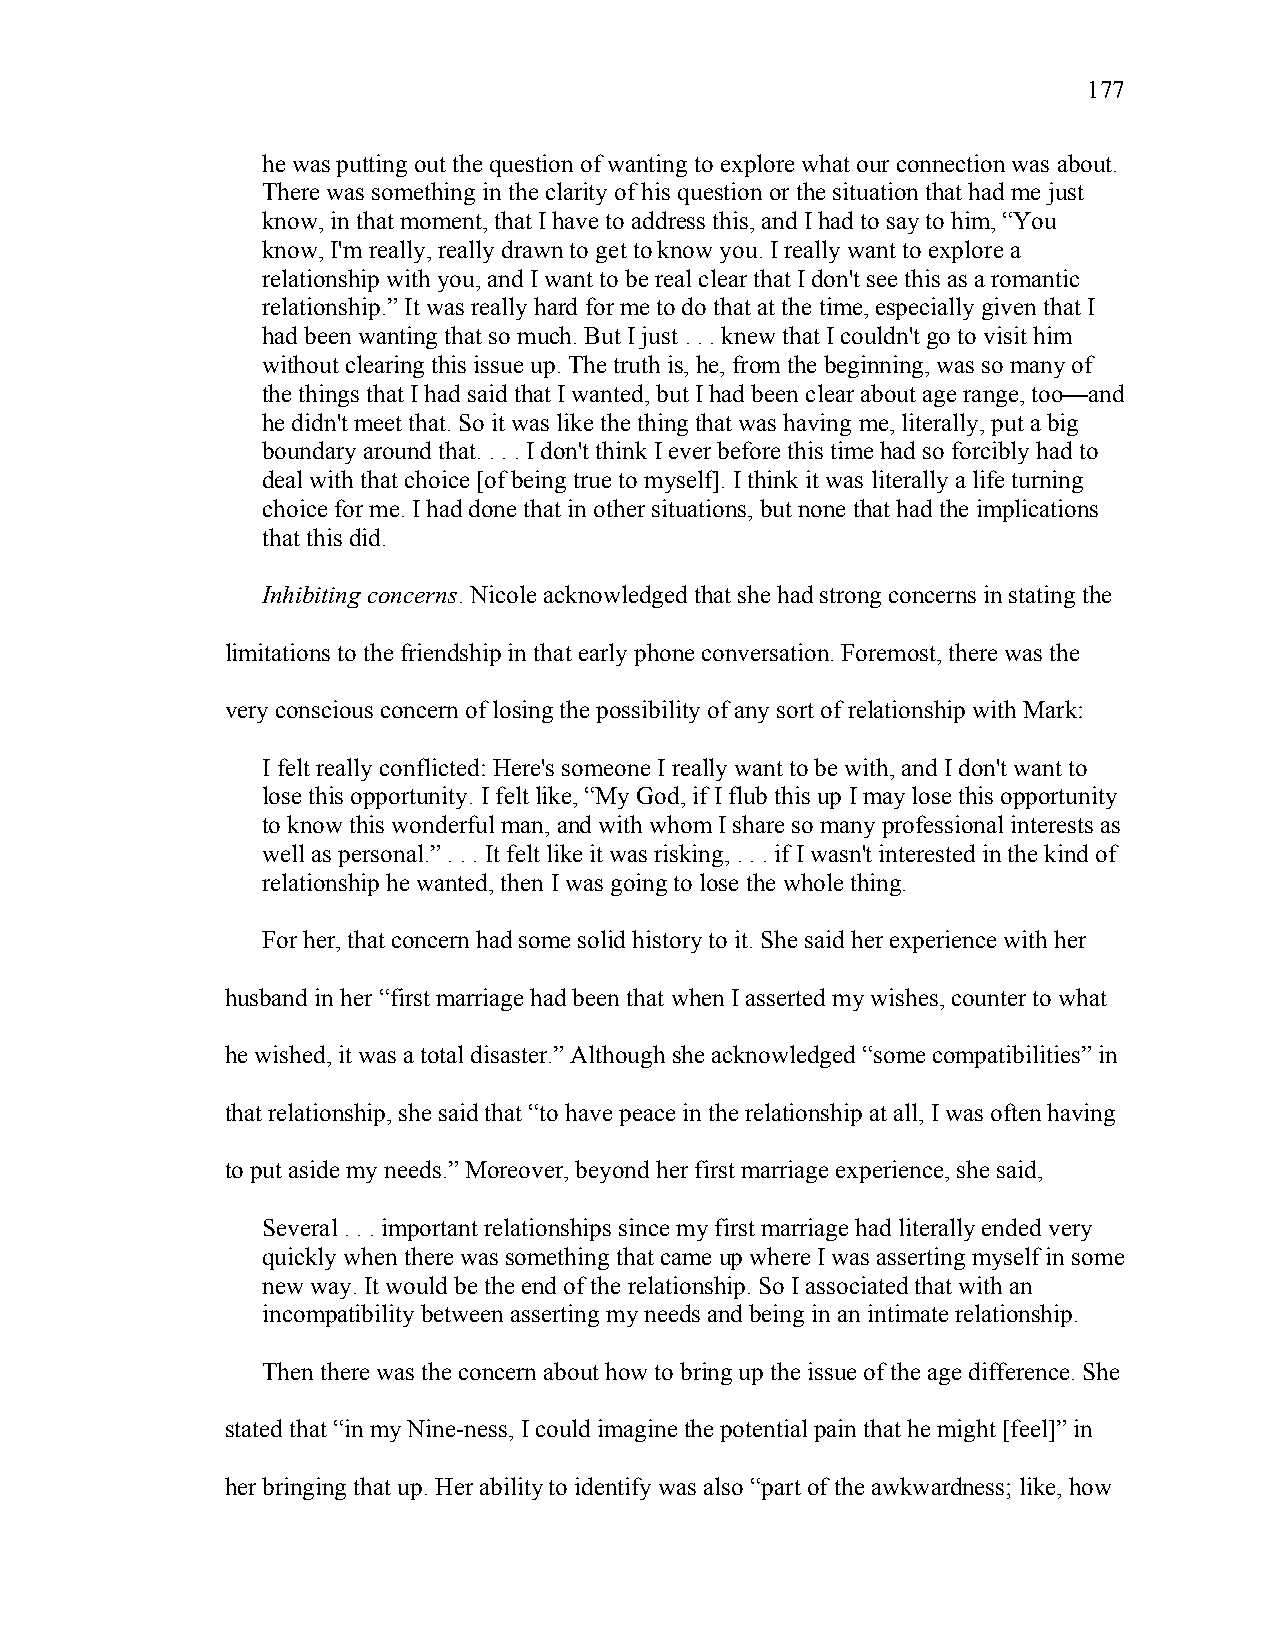
177
 he was putting out the question of wanting to explore what our connection was about.
 There was something in the clarity of his question or the situation that had me just
 know, in that moment, that I have to address this, and I had to say to him, “You
 know, I'm really, really drawn to get to know you. I really want to explore a
 relationship with you, and I want to be real clear that I don't see this as a romantic
 relationship.” It was really hard for me to do that at the time, especially given that I
 had been wanting that so much. But I just . . . knew that I couldn't go to visit him
 without clearing this issue up. The truth is, he, from the beginning, was so many of
 the things that I had said that I wanted, but I had been clear about age range, too—and
 he didn't meet that. So it was like the thing that was having me, literally, put a big
 boundary around that. . . . I don't think I ever before this time had so forcibly had to
 deal with that choice [of being true to myself]. I think it was literally a life turning
 choice for me. I had done that in other situations, but none that had the implications
 that this did.
 Inhibiting concerns. Nicole acknowledged that she had strong concerns in stating the
 limitations to the friendship in that early phone conversation. Foremost, there was the
 very conscious concern of losing the possibility of any sort of relationship with Mark:
 I felt really conflicted: Here's someone I really want to be with, and I don't want to
 lose this opportunity. I felt like, “My God, if I flub this up I may lose this opportunity
 to know this wonderful man, and with whom I share so many professional interests as
 well as personal.” . . . It felt like it was risking, . . . if I wasn't interested in the kind of
 relationship he wanted, then I was going to lose the whole thing.
 For her, that concern had some solid history to it. She said her experience with her
 husband in her “first marriage had been that when I asserted my wishes, counter to what
 he wished, it was a total disaster.” Although she acknowledged “some compatibilities” in
 that relationship, she said that “to have peace in the relationship at all, I was often having
 to put aside my needs.” Moreover, beyond her first marriage experience, she said,
 Several . . . important relationships since my first marriage had literally ended very
 quickly when there was something that came up where I was asserting myself in some
 new way. It would be the end of the relationship. So I associated that with an
 incompatibility between asserting my needs and being in an intimate relationship.
 Then there was the concern about how to bring up the issue of the age difference. She
 stated that “in my Nine-ness, I could imagine the potential pain that he might [feel]” in
 her bringing that up. Her ability to identify was also “part of the awkwardness; like, how